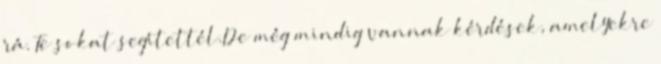
rá. Te sokat segítettél.De még mindig vannak kérdések, amelyekre